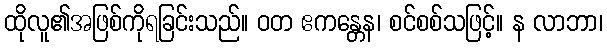
ထိုလူ၏အဖြစ်ကိုရခြင်းသည်။ ဝတ ဧကန္တေန၊ စင်စစ်သဖြင့်။ န လာဘာ၊